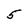
Character: 5